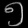
Digit: ၅